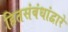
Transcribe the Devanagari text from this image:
हितसंबंधांद्वारे